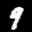
Label: 9